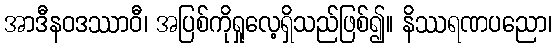
အာဒီနဝဒဿာဝီ၊ အပြစ်ကိုရှုလေ့ရှိသည်ဖြစ်၍။ နိဿရဏပညော၊